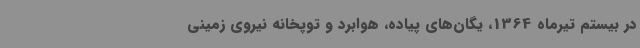
در بیستم تیرماه 1364، یگان‌های پیاده، هوابرد و توپخانه نیروی زمینی